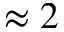
\approx 2